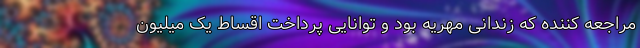
مراجعه کننده که زندانی مهریه بود و توانایی پرداخت اقساط یک میلیون